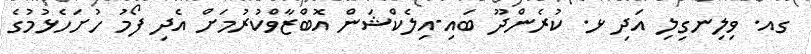
ގއ. ވިލިނގިލި އަދި ޅ. ކުރެންދޫ ބައި-އިލެކްޝަން އޮބްޒާވްކުރުމަށް އެދި ފޯމު ހުށަހެޅުމުގެ